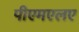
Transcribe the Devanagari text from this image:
पीएमएलए